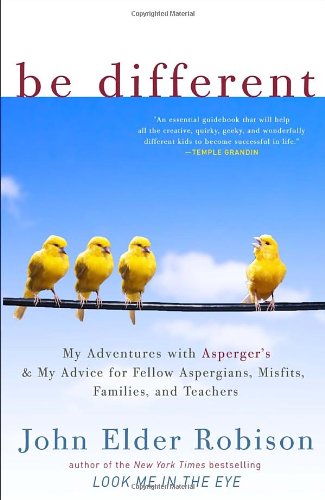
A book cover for Be Different: My Adventures with Asperger's and My Advice for Fellow Aspergians, Misfits, Families, and Teachers; John Elder Robison; Parenting & Relationships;